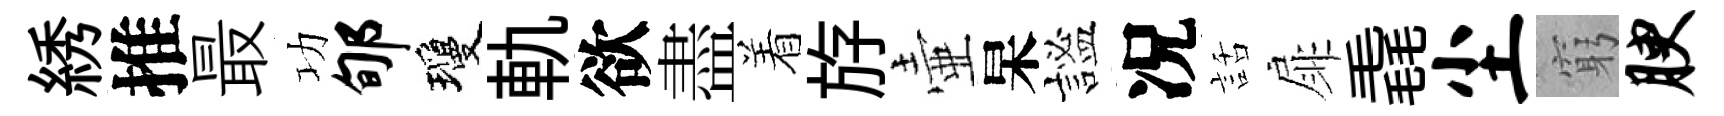
綉推最功郇瓊軌欲盡着斿壷杲謐况話扉毳尘窮腴